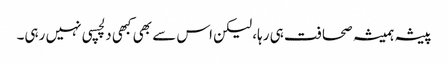
پیشہ ہمیشہ صحافت ہی رہا، لیکن اس سے بھی کبھی دلچسپی نہیں رہی۔